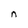
Character: n